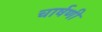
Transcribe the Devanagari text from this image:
चार्षणी